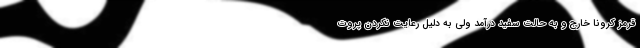
قرمز کرونا خارج و به حالت سفید درآمد ولی به دلیل رعایت نکردن پروت